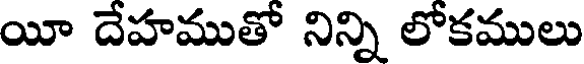
యీ దేహముతో నిన్ని లోకములు